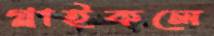
গ্লাইকলে